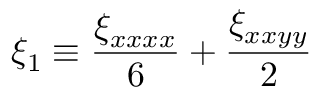
\xi _ { 1 } \equiv \frac { \xi _ { x x x x } } { 6 } + \frac { \xi _ { x x y y } } { 2 }